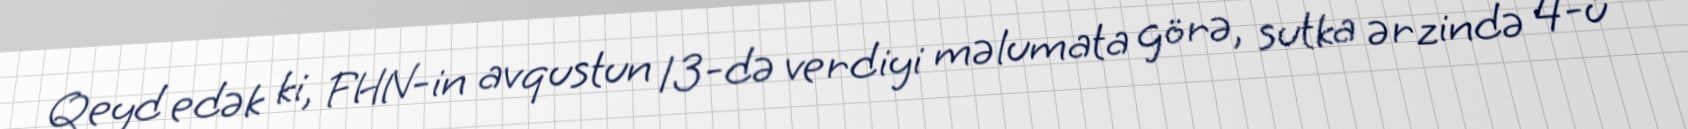
Qeyd edək ki, FHN-in avqustun 13-də verdiyi məlumata görə, sutka ərzində 4-ü